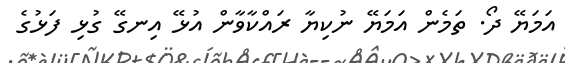
އަމަޔޭ ދޯ. ތަމެން އަމަޔޭ ނުކިޔާ ރައްކާވާން އުޅޭ އިނގޭ ގުޅި ފަޅުގެ